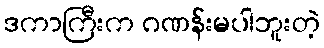
ဒကာကြီးက ဂဏန်းမပါဘူးတဲ့